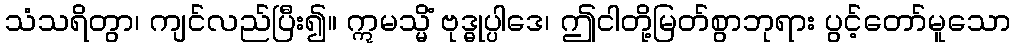
သံသရိတွာ၊ ကျင်လည်ပြီး၍။ ဣမသ္မိံ ဗုဒ္ဓုပ္ပါဒေ၊ ဤငါတို့မြတ်စွာဘုရား ပွင့်တော်မူသော